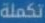
تكملة